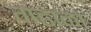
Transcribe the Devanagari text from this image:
गढाळा